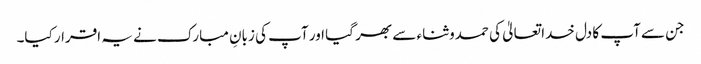
جن سے آپ کا دل خدا تعالیٰ کی حمدوثناء سے بھر گیا اور آپ کی زبانِ مبارک نے یہ اقرار کیا۔